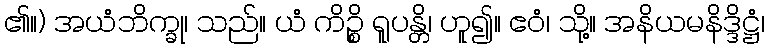
၏။) အယံဘိက္ခု၊ သည်။ ယံ ကိဉ္စိ ရူပန္တိ၊ ဟူ၍။ ဧဝံ၊ သို့။ အနိယမနိဒ္ဒိဋ္ဌံ၊